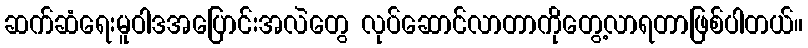
ဆက်ဆံရေးမူဝါဒအပြောင်းအလဲတွေ လုပ်ဆောင်လာတာကိုတွေ့လာရတာဖြစ်ပါတယ်။